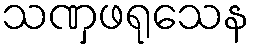
သဏှဖရုသေန